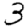
Digit: 3